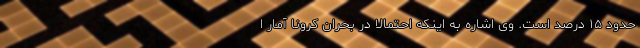
حدود ۱۵ درصد است. وی اشاره به اینکه احتمالا در بحران کرونا آمار ا